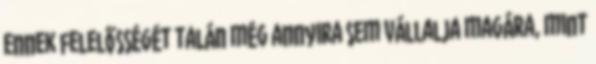
ennek felelősségét talán még annyira sem vállalja magára, mint